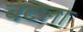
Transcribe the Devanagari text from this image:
बटला